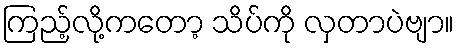
ကြည့်လို့ကတော့ သိပ်ကို လှတာပဲဗျာ။